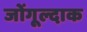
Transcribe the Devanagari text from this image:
जोंगूल्दाक